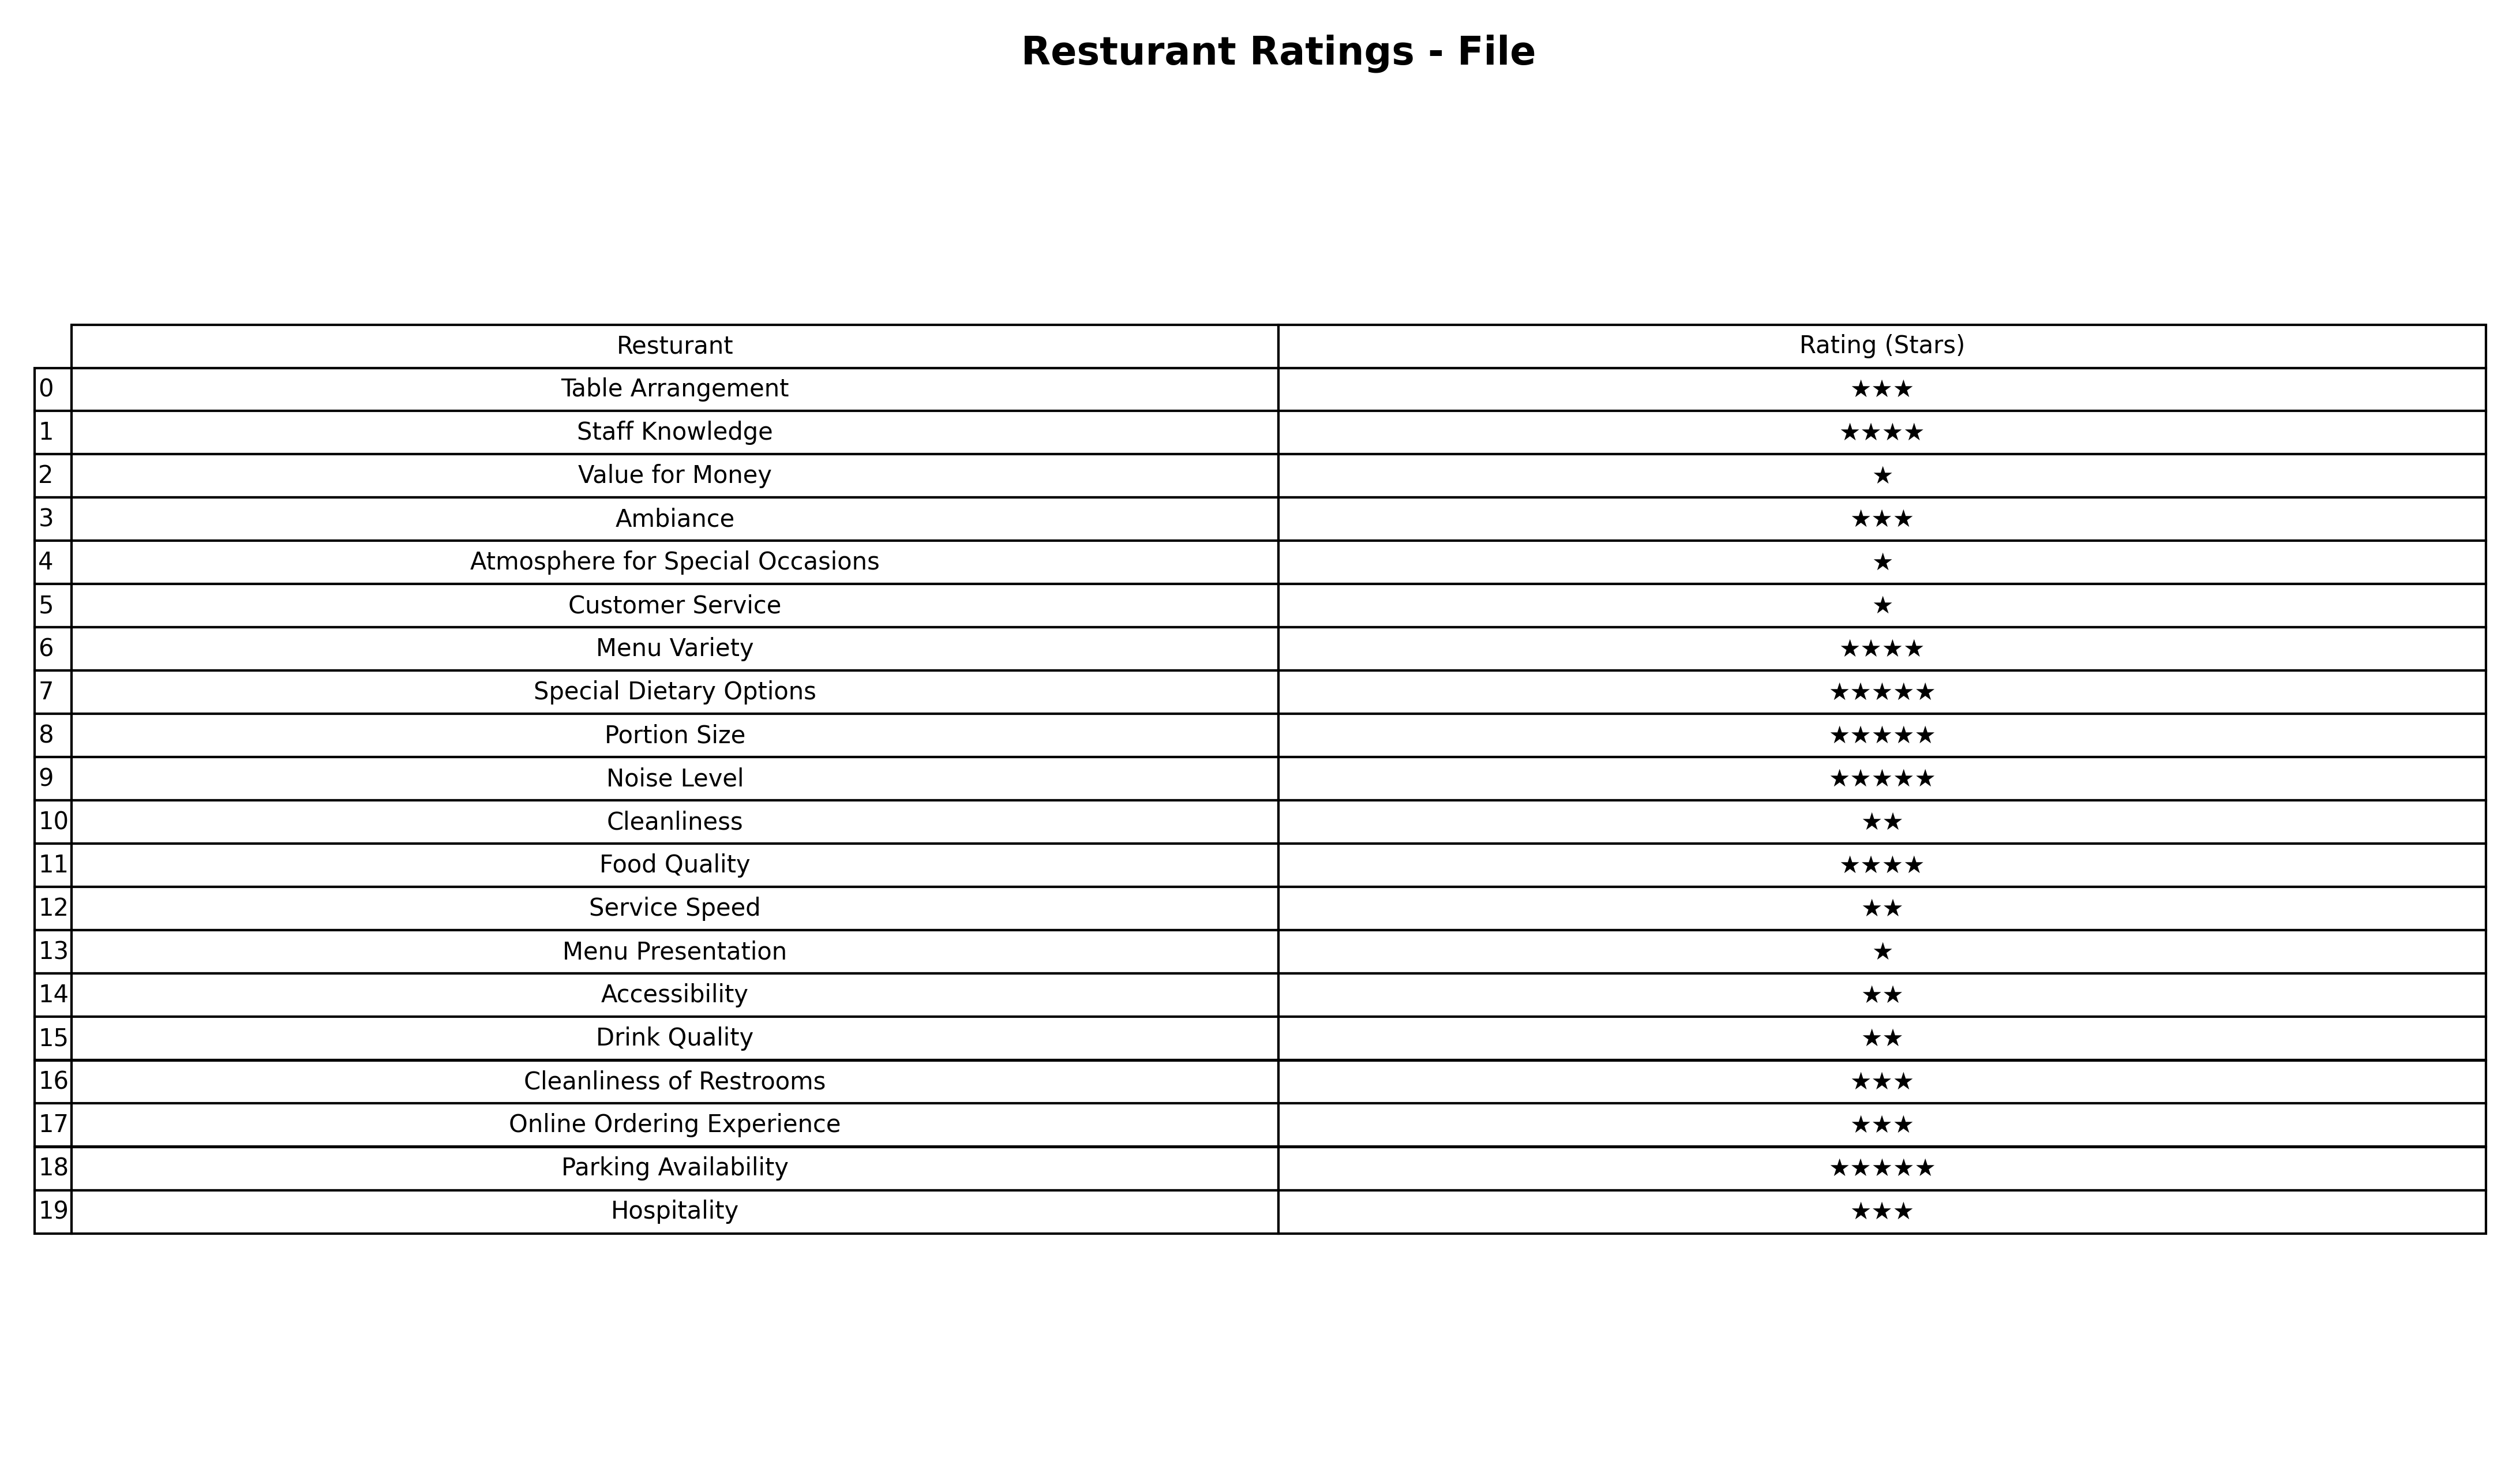
question: What are highest rating services?
answer: Table ArrangementAmbianceCleanliness of RestroomsOnline Ordering ExperienceHospitality